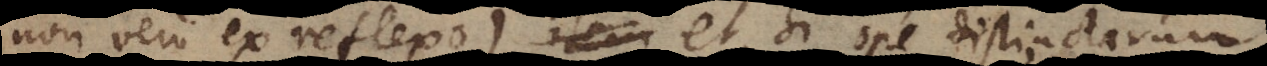
non vero ex reflexo) item et, si ope distinctarum